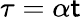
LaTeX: \tau=\alpha\mathsf{t}